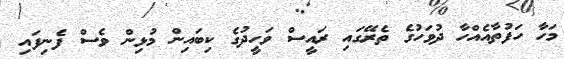
މަހާ ހަފުތާއެއްހާ ދުވަހުގެ ތެރޭގައި ރައީސް ވަހީދުގެ ކިބައިން މުޅިން ވެސް ފެނިފައި